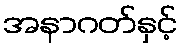
အနာဂတ်နှင့်